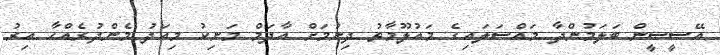
އޭސީސީން ބަލަމުންދާ މައްސަލައިގެ މައުލޫމާތު ދިނުމަށް އާދަމް މަނިކު މިއަދު މެންދުރެއްހާ އިރު